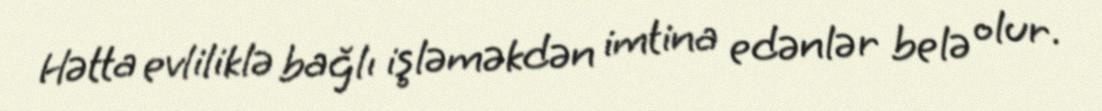
Hətta evliliklə bağlı işləməkdən imtina edənlər belə olur.